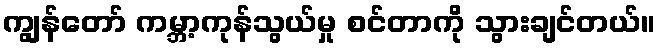
ကျွန်တော် ကမ္ဘာ့ကုန်သွယ်မှု စင်တာကို သွားချင်တယ်။